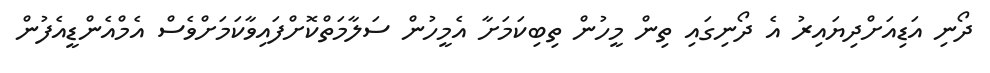
ދޯނި އަޑިއަށްދިޔައިރު އެ ދޯނިގައި ތިން މީހުން ތިބިކަމަށާ އެމީހުން ސަލާމަތްކޮށްފައިވާކަމަށްވެސް އެމްއެންޑީއެފުން